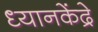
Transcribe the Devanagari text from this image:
ध्यानकेंद्रे